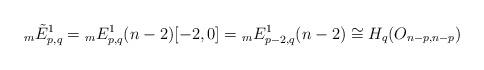
LaTeX: \begin{align*}{}_{m}\tilde{E}^{1}_{p,q} = {}_{m}E^{1}_{p,q}(n-2)[-2,0] = {}_{m}E^{1}_{p-2, q}(n-2) \cong H_{q}(O_{n-p, n-p}) \end{align*}